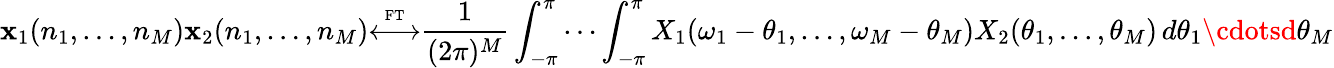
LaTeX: \mathbf{x}_{1}(n_{1},\ldots,n_{M})\mathbf{x}_{2}(n_{1},\ldots,n_{M}){\overset{\underset{\mathrm{{FT}}}{}}{\longleftrightarrow}}{\frac{{1}}{{(2\pi)^{M}}}}\int_{-\pi}^{\pi}\cdots\int_{-\pi}^{\pi}X_{1}(\omega_{1}-\theta_{1},\ldots,\omega_{M}-\theta_{M})X_{2}(\theta_{1},\ldots,\theta_{M})\, d\theta_{1}\cdotsd\theta_{M}